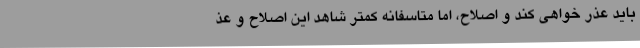
باید عذر خواهی کند و اصلاح، اما متاسفانه کمتر شاهد این اصلاح و عذ